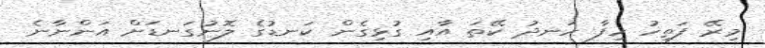
މިރޭ ފަތިހު ހިފާ ހަނދު ކޭތަ އާއި ގުޅިގެން ކަނޑުގެ ލޮނުގަނޑަށް އަންނާނެ